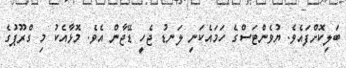
ބަލިކޮށްފައެވެ. ޔުވެންޓަސްގެ ހަމައެކަނި ލަނޑު ޖެހީ ޑޭޖާން އެވެ. މޮޅާއެކު މި ގްރޫޕުގެ